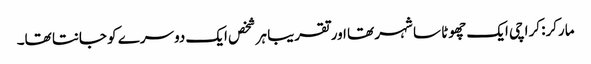
مارکر: کراچی ایک چھوٹا سا شہر تھا اور تقریبا ہر شخص ایک دوسرے کو جانتا تھا۔